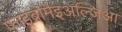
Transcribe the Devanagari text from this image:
फाइब्रोमैइअल्जिआ